Malarial fevers
Disease focus: Malaria
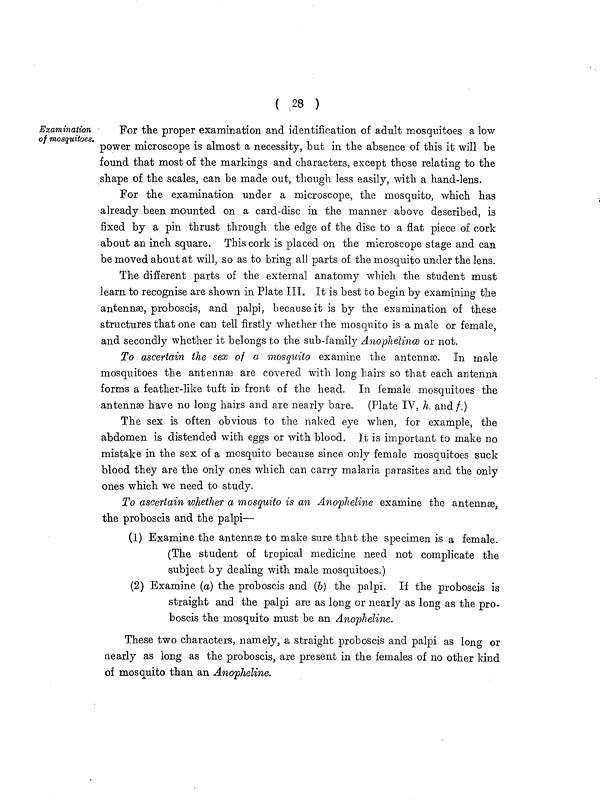
( 28 )
Examination
of mosquitoes.
For the proper examination and identification of adult mosquitoes a low
power microscope is almost a necessity, but in the absence of this it will be
found that most of the markings and characters, except those relating to the
shape of the scales, can be made out, though less easily, with a hand-lens.
For the examination under a microscope, the mosquito, which has
already been mounted on a card-disc in the manner above described, is
fixed by a pin thrust through the edge of the disc to a flat piece of cork
about an inch square. This cork is placed on the microscope stage and can
be moved about at will, so as to bring all parts of the mosquito under the lens.
The different parts of the external anatomy which the student must
learn to recognise are shown in Plate III. It is best to begin by examining the
antennae, proboscis, and palpi, because it is by the examination of these
structures that one can tell firstly whether the mosquito is a male or female,
and secondly whether it belongs to the sub-family Anoplielince or not.
To ascertain the sex of a mosquito examine the antennæ. In male
mosquitoes the antennas are covered with long hairs so that each antenna
forms a feather-like tuft in. front of the head. In female mosquitoes the
antennæ have no long hairs and are nearly bare. (Plate IV, h. and f,)
The sex is often obvious to the naked eye when, for example, the
abdomen is distended with eggs or with blood. It is important to make no
mistake in the sex of a mosquito because since only female mosquitoes suck
blood they are the only ones which can carry malaria parasites and the only
ones which we need to study.
To ascertain whether a mosquito is an Anopheline examine the antennæ,
the proboscis and the palpi—
(1) Examine the antennae to make sure that the specimen is a female.
(The student of tropical medicine need not complicate the
subject by dealing with male mosquitoes.)
(2) Examine (a) the proboscis and (b) the palpi. If the proboscis is
straight and the palpi are as long or nearly as long as the pro-
boscis the mosquito must be an Anopheline.
These two characters, namely, a straight proboscis and palpi as long or
nearly as long as the proboscis, are present in the females of no other kind
of mosquito than an Anopheline.